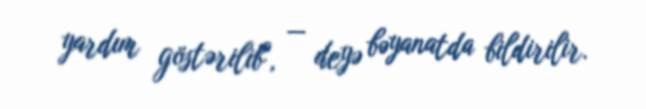
yardım göstərilib", — deyə bəyanatda bildirilir.